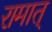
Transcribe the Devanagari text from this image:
रामात्